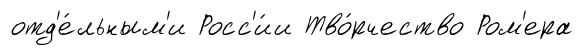
отд'е́льным'и Росс'и́и Тво́рчество Ром'ера